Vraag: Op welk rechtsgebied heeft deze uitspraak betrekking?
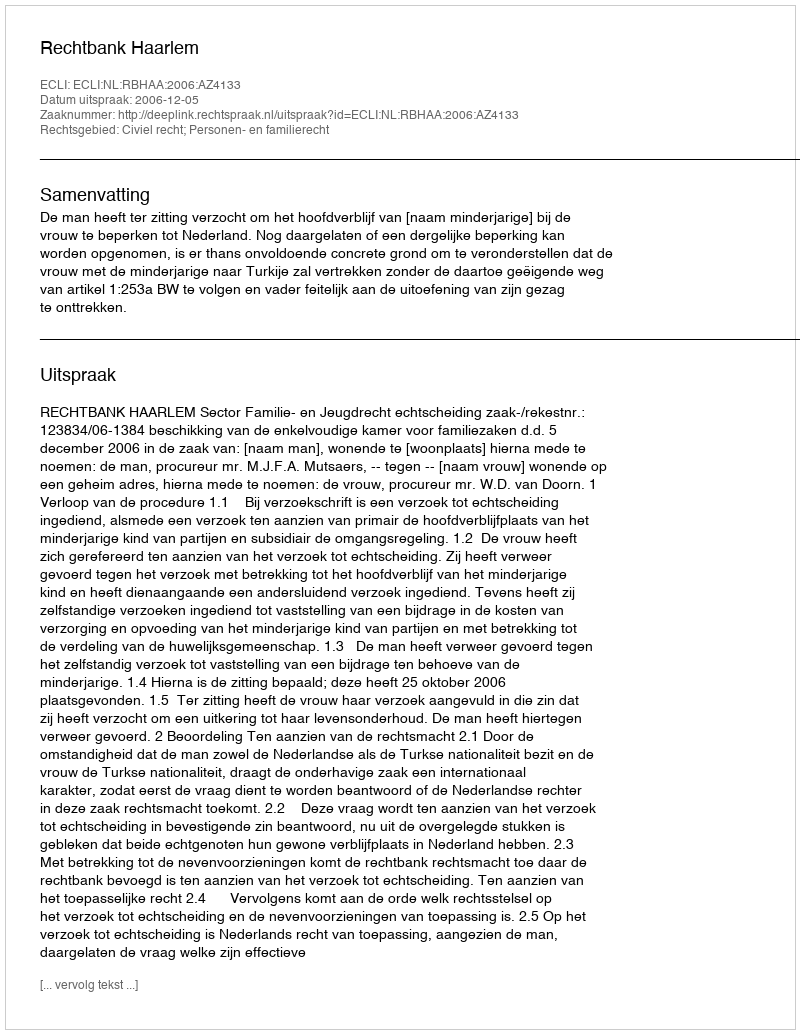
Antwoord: Civiel recht; Personen- en familierecht